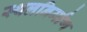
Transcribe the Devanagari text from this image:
स्थलनिर्माण